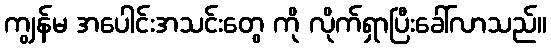
ကျွန်မ အပေါင်းအသင်းတွေ ကို လိုက်ရှာပြီးခေါ်လာသည်။